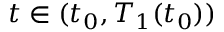
t \in ( t _ { 0 } , T _ { 1 } ( t _ { 0 } ) )